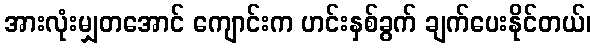
အားလုံးမျှတအောင် ကျောင်းက ဟင်းနှစ်ခွက် ချက်ပေးနိုင်တယ်၊